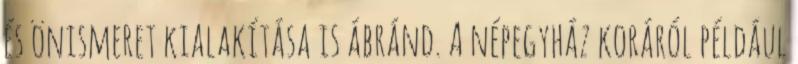
és önismeret kialakítása is ábránd. A népegyház koráról például